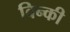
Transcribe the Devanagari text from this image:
विन्की